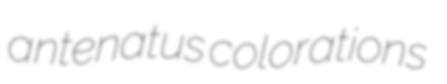
antenatus colorations